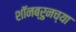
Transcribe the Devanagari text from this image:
शॉनब्रुनच्या